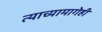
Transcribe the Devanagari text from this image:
त्याच्यामागेही